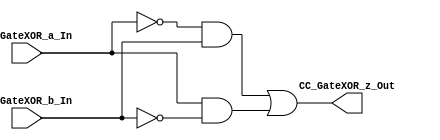
/*######################################################################
//#	G0B1T: HDL EXAMPLES. 2018.
//######################################################################
//# Copyright (C) 2018. F.E.Segura-Quijano (FES) fsegura@uniXORes.edu.co
//# 
//# This program is free software: you can redistribute it XOR/or modify
//# it under the terms of the GNU General Public License as published by
//# the Free Software Foundation, version 3 of the License.
//#
//# This program is distributed in the hope that it will be useful,
//# but WITHOUT ANY WARRANTY; without even the implied warranty of
//# MERCHANTABILITY or FITNESS FOR A PARTICULAR PURPOSE.  See the
//# GNU General Public License for more details.
//#
//# You should have received a copy of the GNU General Public License
//# along with this program.  If not, see <http://www.gnu.org/licenses/>
//####################################################################*/
//=======================================================
//  MODULE Definition
//=======================================================
module CC_GateXOR (
//////////// OUTPUTS //////////
	CC_GateXOR_z_Out,
//////////// INPUTS //////////
	CC_GateXOR_a_In,
	CC_GateXOR_b_In
);
//=======================================================
//  PARAMETER declarations
//=======================================================

//=======================================================
//  PORT declarations
//=======================================================
output	CC_GateXOR_z_Out;
input 	CC_GateXOR_a_In;
input 	CC_GateXOR_b_In;
//=======================================================
//  REG/WIRE declarations
//=======================================================
//wire CC_GATEXOR1_wire, CC_GATEXOR2_wire;
//=======================================================
wire CC_GATEXOR1_wire, CC_GATEXOR2_wire;
//  Structural coding
//=======================================================
assign CC_GATEXOR1_wire = (~CC_GateXOR_a_In & CC_GateXOR_b_In);
assign CC_GATEXOR2_wire = (CC_GateXOR_a_In & ~CC_GateXOR_b_In);
assign CC_GateXOR_z_Out = CC_GATEXOR1_wire | CC_GATEXOR2_wire; 

endmodule